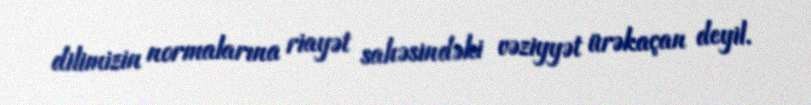
dilimizin normalarına riayət sahəsindəki vəziyyət ürəkaçan deyil.